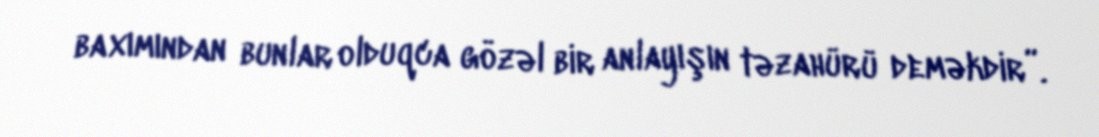
baxımından bunlar olduqca gözəl bir anlayışın təzahürü deməkdir”.